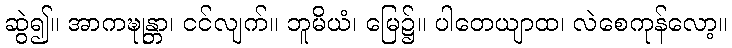
ဆွဲ၍။ အာကဍ္ဎုန္တာ၊ ငင်လျက်။ ဘူမိယံ၊ မြေ၌။ ပါတေယျာထ၊ လဲစေကုန်လော့။